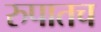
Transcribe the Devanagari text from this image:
रुपातच